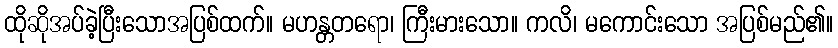
ထိုဆိုအပ်ခဲ့ပြီးသောအပြစ်ထက်။ မဟန္တတရော၊ ကြီးမားသော။ ကလိ၊ မကောင်းသော အပြစ်မည်၏။